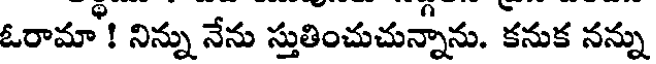
ఓరామా! నిన్ను నేను స్తుతించుచున్నాను. కనుక నన్ను